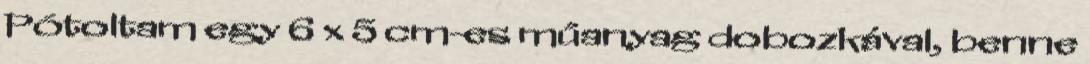
Pótoltam egy 6 x 5 cm-es műanyag dobozkával, benne